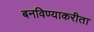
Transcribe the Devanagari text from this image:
बनविण्याकरीता